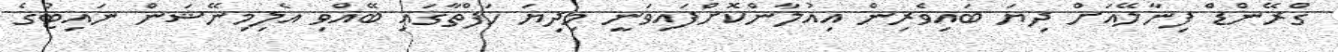
ގްރޭންޑް ފިނާލޭއަށް ދިޔަ ބައިވެރިން އިއުލާންކޮށްފައިވަނީ މިދިޔަ ހަފްތާގައި ބޭއްވި އެލިމިނޭޝަން ނައިޓުގެ